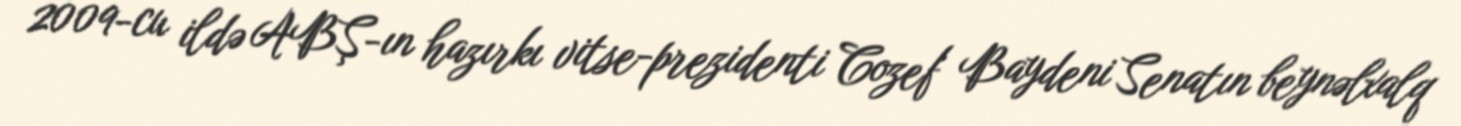
2009-cu ildə ABŞ-ın hazırkı vitse-prezidenti Cozef Baydeni Senatın beynəlxalq